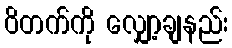
ဝိတက်ကို လျှော့ချနည်း